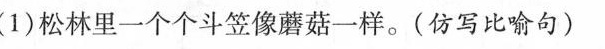
(1)松林里一个个斗笠像蘑菇一样。(仿写比喻句)